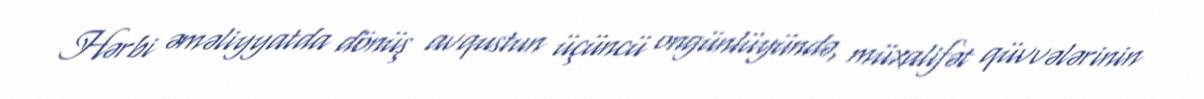
Hərbi əməliyyatda dönüş avqustun üçüncü ongünlüyündə, müxalifət qüvvələrinin